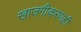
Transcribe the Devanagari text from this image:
खाजगीकरणही